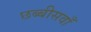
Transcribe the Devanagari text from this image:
छब्बीसवाँ